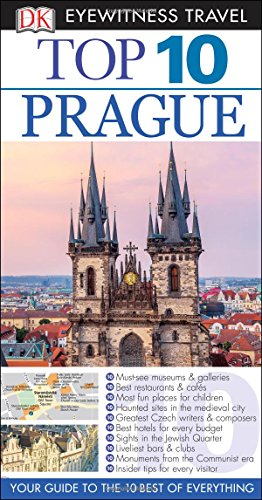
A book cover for Top 10 Prague (Eyewitness Top 10 Travel Guide); Theodore Schwinke; Travel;